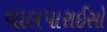
વાલપારાઈસો